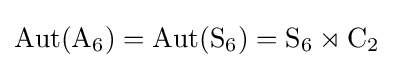
\operatorname {Aut} (\mathrm {A} _{6})=\operatorname {Aut} (\mathrm {S} _{6})=\mathrm {S} _{6}\rtimes \mathrm {C} _{2}